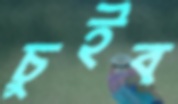
চুইব